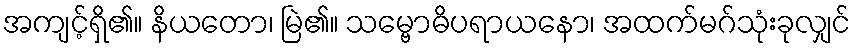
အကျင့်ရှိ၏။ နိယတော၊ မြဲ၏။ သမ္ဗောဓိပရာယနော၊ အထက်မဂ်သုံးခုလျှင်